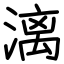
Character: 漓